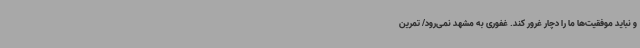
و نباید موفقیت‌ها ما را دچار غرور کند. غفوری به مشهد نمی‌رود/ تمرین